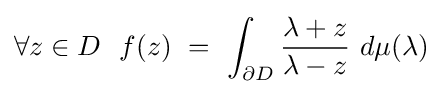
\forall z\in D\ \ f(z)\ =\ \int _{\partial D}{\frac {\lambda +z}{\lambda -z}}\ d\mu (\lambda )